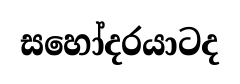
සහෝදරයාටද